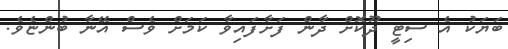
ބަޔަކު އެ ސިޓީ ދޫކޮށް ދާން ފަށާފައިވާ ކަމަށް ވެސް އޭނާ ބުންޏެވެ.